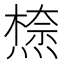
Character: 𭵾